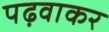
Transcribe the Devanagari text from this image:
पढ़वाकर